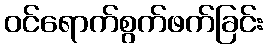
ဝင်ရောက်စွက်ဖက်ခြင်း